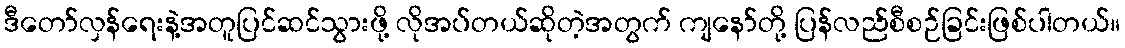
ဒီတော်လှန်ရေးနဲ့အတူပြင်ဆင်သွားဖို့ လိုအပ်တယ်ဆိုတဲ့အတွက် ကျနော်တို့ ပြန်လည်စီစဉ်ခြင်းဖြစ်ပါတယ်။